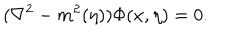
LaTeX: ( { \nabla } ^ { 2 } - m ^ { 2 } ( \eta ) ) \Phi ( x , \eta ) = 0 .